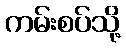
ကမ်းစပ်သို့